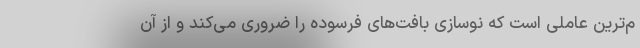
م‌ترین عاملی است که نوسازی بافت‌های فرسوده را ضروری می‌کند و از آن